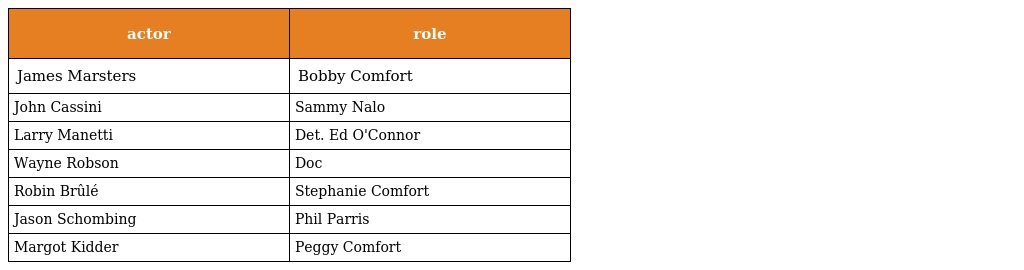
| actor | role |
 | --- | --- |
 | James Marsters | Bobby Comfort |
 | John Cassini | Sammy Nalo |
 | Larry Manetti | Det. Ed O'Connor |
 | Wayne Robson | Doc |
 | Robin Brûlé | Stephanie Comfort |
 | Jason Schombing | Phil Parris |
 | Margot Kidder | Peggy Comfort |